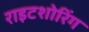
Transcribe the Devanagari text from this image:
राइटशोरिंग